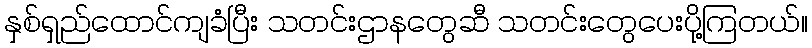
နှစ်ရှည်ထောင်ကျခံပြီး သတင်းဌာနတွေဆီ သတင်းတွေပေးပို့ကြတယ်။